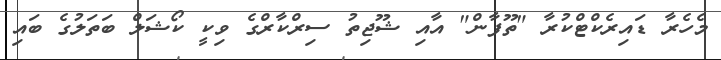
މެހެރާ ޑައިރެކްޓްކުރާ "ތޫފާން" އާއި ޝޫޖިތު ސިރްކާރްގެ ވިކީ ކޯޝަލް ބަތަލުގެ ބައި